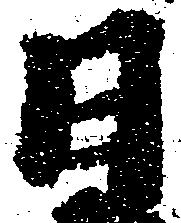
日